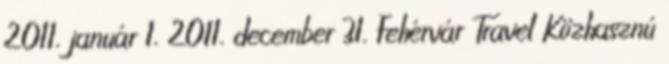
2011. január 1. 2011. december 31. Fehérvár Travel Közhasznú